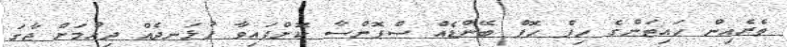
ތެރެއިން ހައިޓަންގެ ހިޕް ހޮޕް ބޭންޑެއް ސްޕޮންސާ ކޮށްފައިވާ ފުޅަނދެއް ދިއުމަށް ޖާގަ